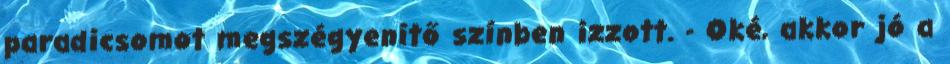
paradicsomot megszégyenítő színben izzott. - Oké, akkor jó a